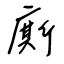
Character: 廝